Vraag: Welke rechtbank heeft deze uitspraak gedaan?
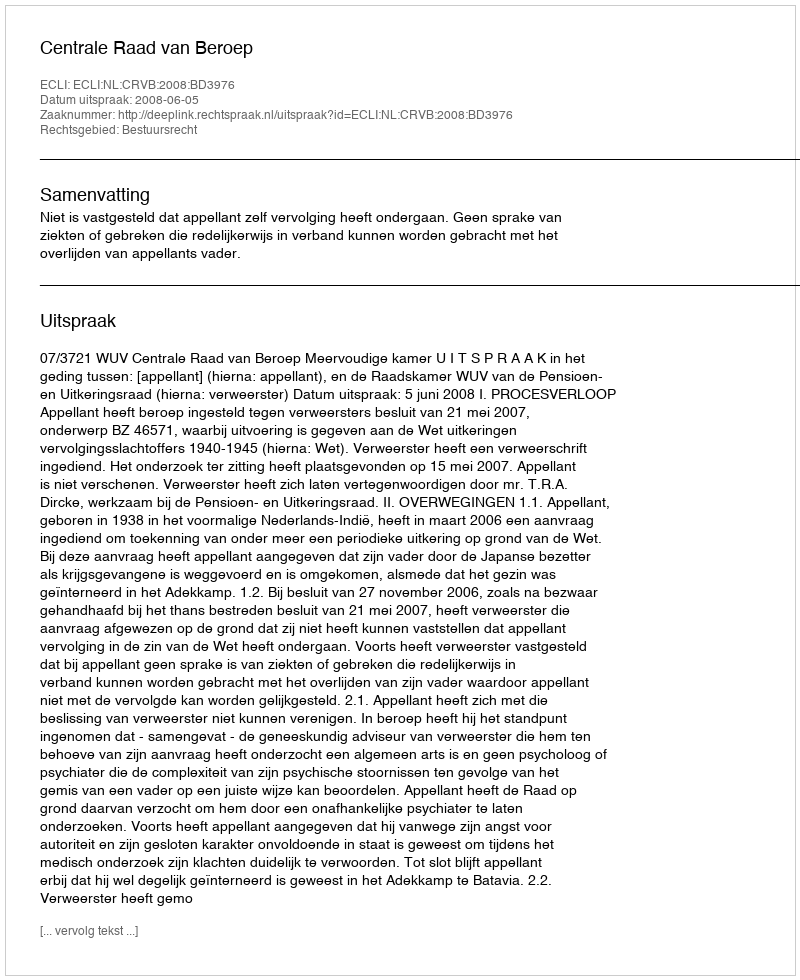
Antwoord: Centrale Raad van Beroep